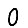
Digit: 0